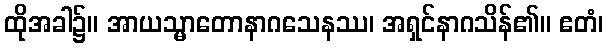
ထိုအခါ၌။ အာယသ္မာတောနာဂသေနဿ၊ အရှင်နာဂသိန်၏။ ဧတံ၊